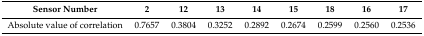
<table><thead><tr><td><b>Sensor Number</b></td><td><b>2</b></td><td><b>12</b></td><td><b>13</b></td><td><b>14</b></td><td><b>15</b></td><td><b>18</b></td><td><b>16</b></td><td><b>17</b></td></tr></thead><tbody><tr><td>Absolute value of correlation</td><td>0.7657</td><td>0.3804</td><td>0.3252</td><td>0.2892</td><td>0.2674</td><td>0.2599</td><td>0.2560</td><td>0.2536</td></tr></tbody></table>